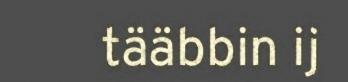
tääbbin ij